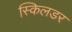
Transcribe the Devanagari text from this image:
स्किलडर